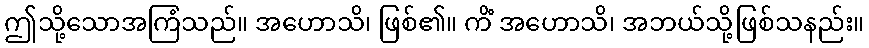
ဤသို့သောအကြံသည်။ အဟောသိ၊ ဖြစ်၏။ ကိံ အဟောသိ၊ အဘယ်သို့ဖြစ်သနည်း။